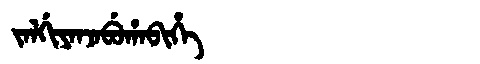
Manchu: ᠵᠠᠯᡤᡳᠶᠠᠨᠵᠠᠪᡠᡥᠠᠪᡳᡥᡝ
Romanization: JALGIYANJABUHABIHE